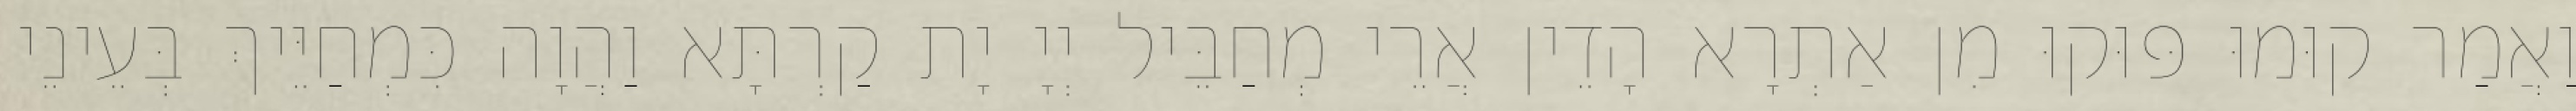
וַאֲמַר קוּמוּ פּוּקוּ מִן אַתְרָא הָדֵין אֲרֵי מְחַבֵּיל יְיָ יָת קַרְתָּא וַהֲוָה כִּמְחַיֵּיךְ בְּעֵינֵי